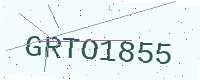
Text: GRTO1855